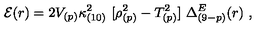
{ \cal E } ( r ) = 2 V _ { ( p ) } \kappa _ { ( 1 0 ) } ^ { 2 } \ [ \rho _ { ( p ) } ^ { 2 } - T _ { ( p ) } ^ { 2 } ] \ \Delta _ { ( 9 - p ) } ^ { E } ( r ) \ ,